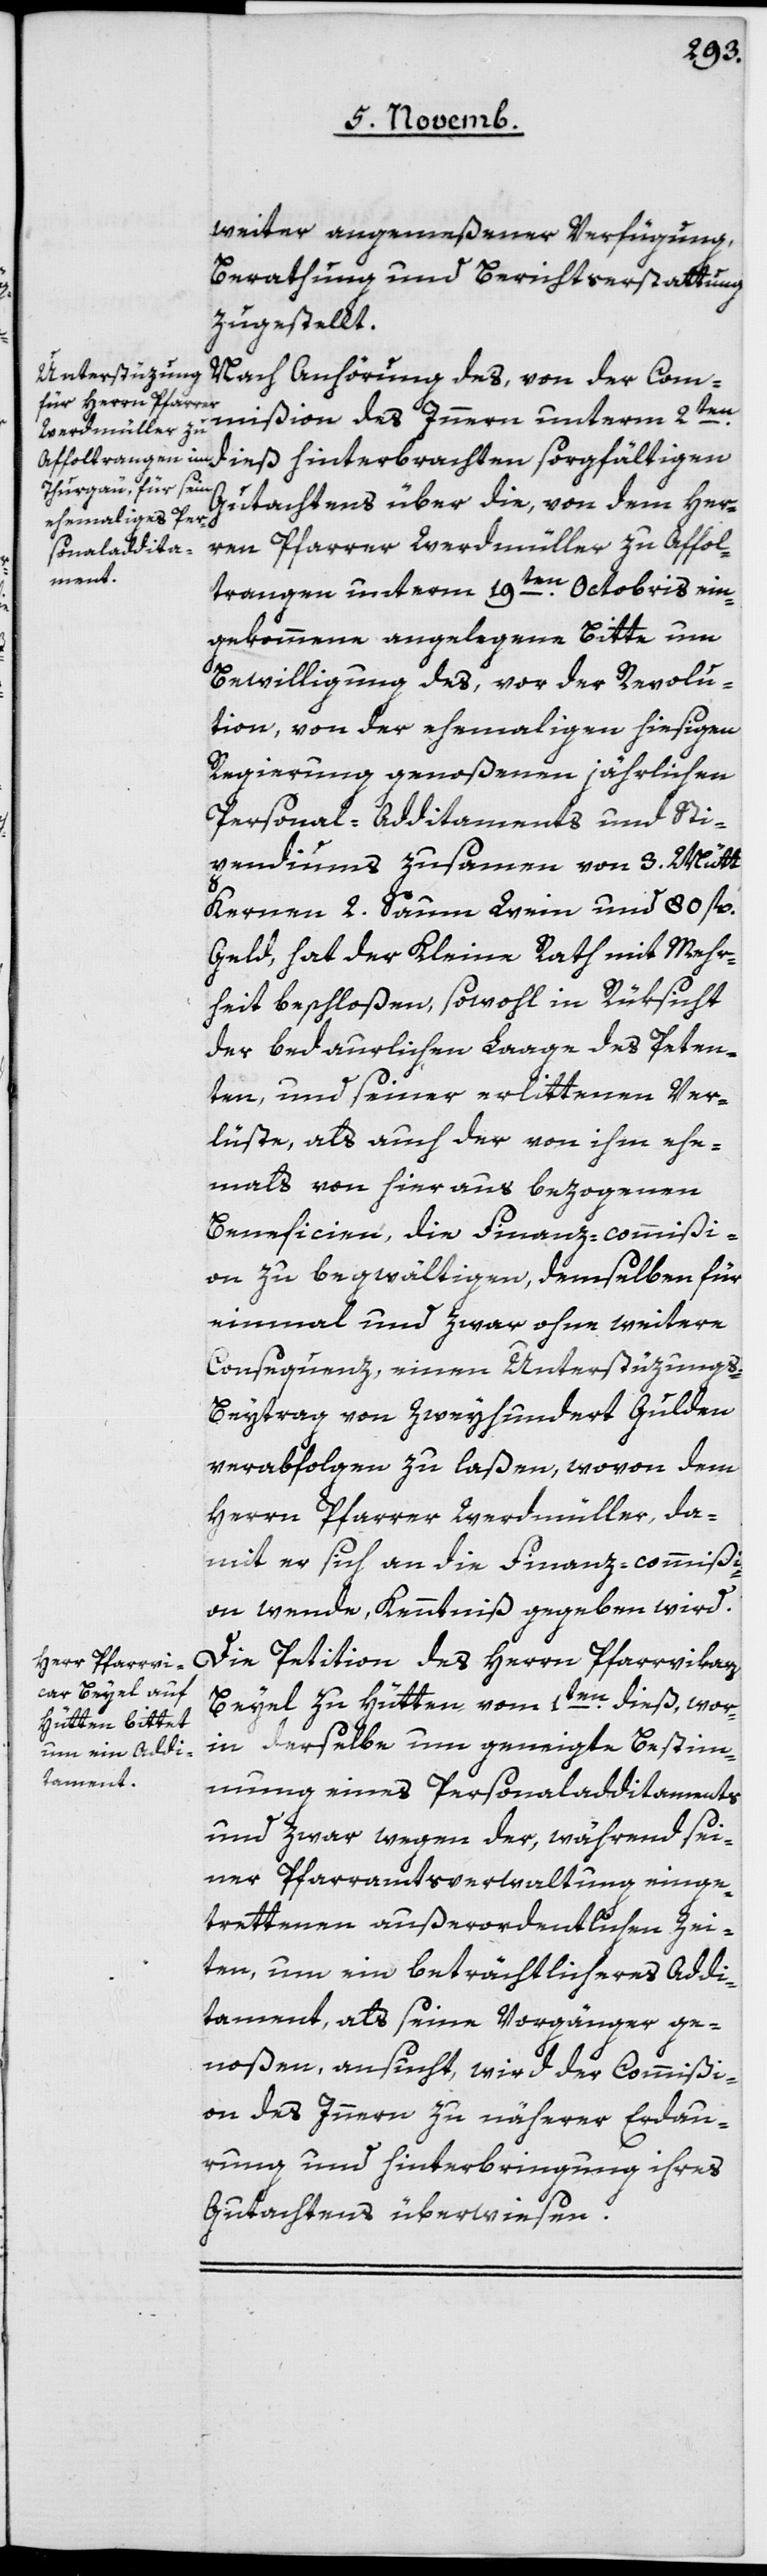
weiter angemeßener Verfügung,
Berathung und Berichtserstattung
zugestellt.
Nach Anhörung des, von der Com¬
mißion des Innern unterm 2ten
dieß hinterbrachten sorgfältigen
Gutachtens über die, von dem Her¬
ren Pfarrer Werdmüller zu Affol¬
trangen unterm 19ten Octobris ein¬
gekommene angelegene Bitte um
Bewilligung des, vor der Revolu¬
tion, von der ehemaligen hiesigen
Regierung genoßenen jährlichen
Personal-Additaments und Sti¬
pendiums zusamen von 3 Mütt
Kernen, 2 Saum Wein und 80 fl.
Geld, hat der Kleine Rath mit Mehr¬
heit beschloßen, sowohl inRüksicht
der bedauerlichen Lage des Peten¬
ten, und seiner erlittenen Ver¬
lüste, als auch der von ihm ehe¬
mals von hier aus bezogenen
Beneficien, die Finanz-commißi¬
on zu begwältigen, demselben für
einmal und zwar ohne weitere
Consequenz, einen Unterstüzung¬
s-Beytrag von Zweyhundert Gulden
verabfolgen zu laßen, wovon dem
Herrn Pfarrer Werdmüller, da¬
mit er sich an die Finanz-commißi¬
on wende, Kenntniß gegeben wird.
Die Petition des Herrn Pfarrvikars
Beyel zu Hütten vom 1ten dieß, wor¬
in derselbe um geneigte Bestim¬
mung eines Personaladditaments,
und zwar wegen der, während sei¬
ner Pfarramtsverwaltung einge¬
trettenen außerordentlichen Zei¬
ten, um ein beträchtlicheres Addi¬
tament, als seine Vorgänger ge¬
noßen, ansucht, wird der Commißi¬
on des Innern zu näherer Erdau¬
rung und Hinterbringung ihres
Gutachtens überwiesen.